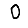
Digit: 0